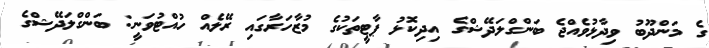
ގެ މަންދޫބު ވިދާޅުވެއްޖެ ބަންގްލަދޭޝްގެ އިދިކޮޅު ޕާޓީތަކުގެ މުޒާހަރާގައި ރޭލެއް ހުއްޓުވަނީ: ބަންގްލަދޭޝްގެ